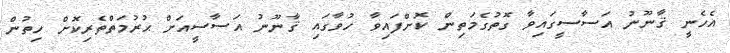
އެހެނީ ޤާނޫނު އަސާސީގައިވާ ގޮތުގެމަތިން ކޮށްފައިވާ ހުވާގައި ޤާނޫނު އަސާސީއަށް ޙުރުމަތްތެރިކޮށް ހިތުން